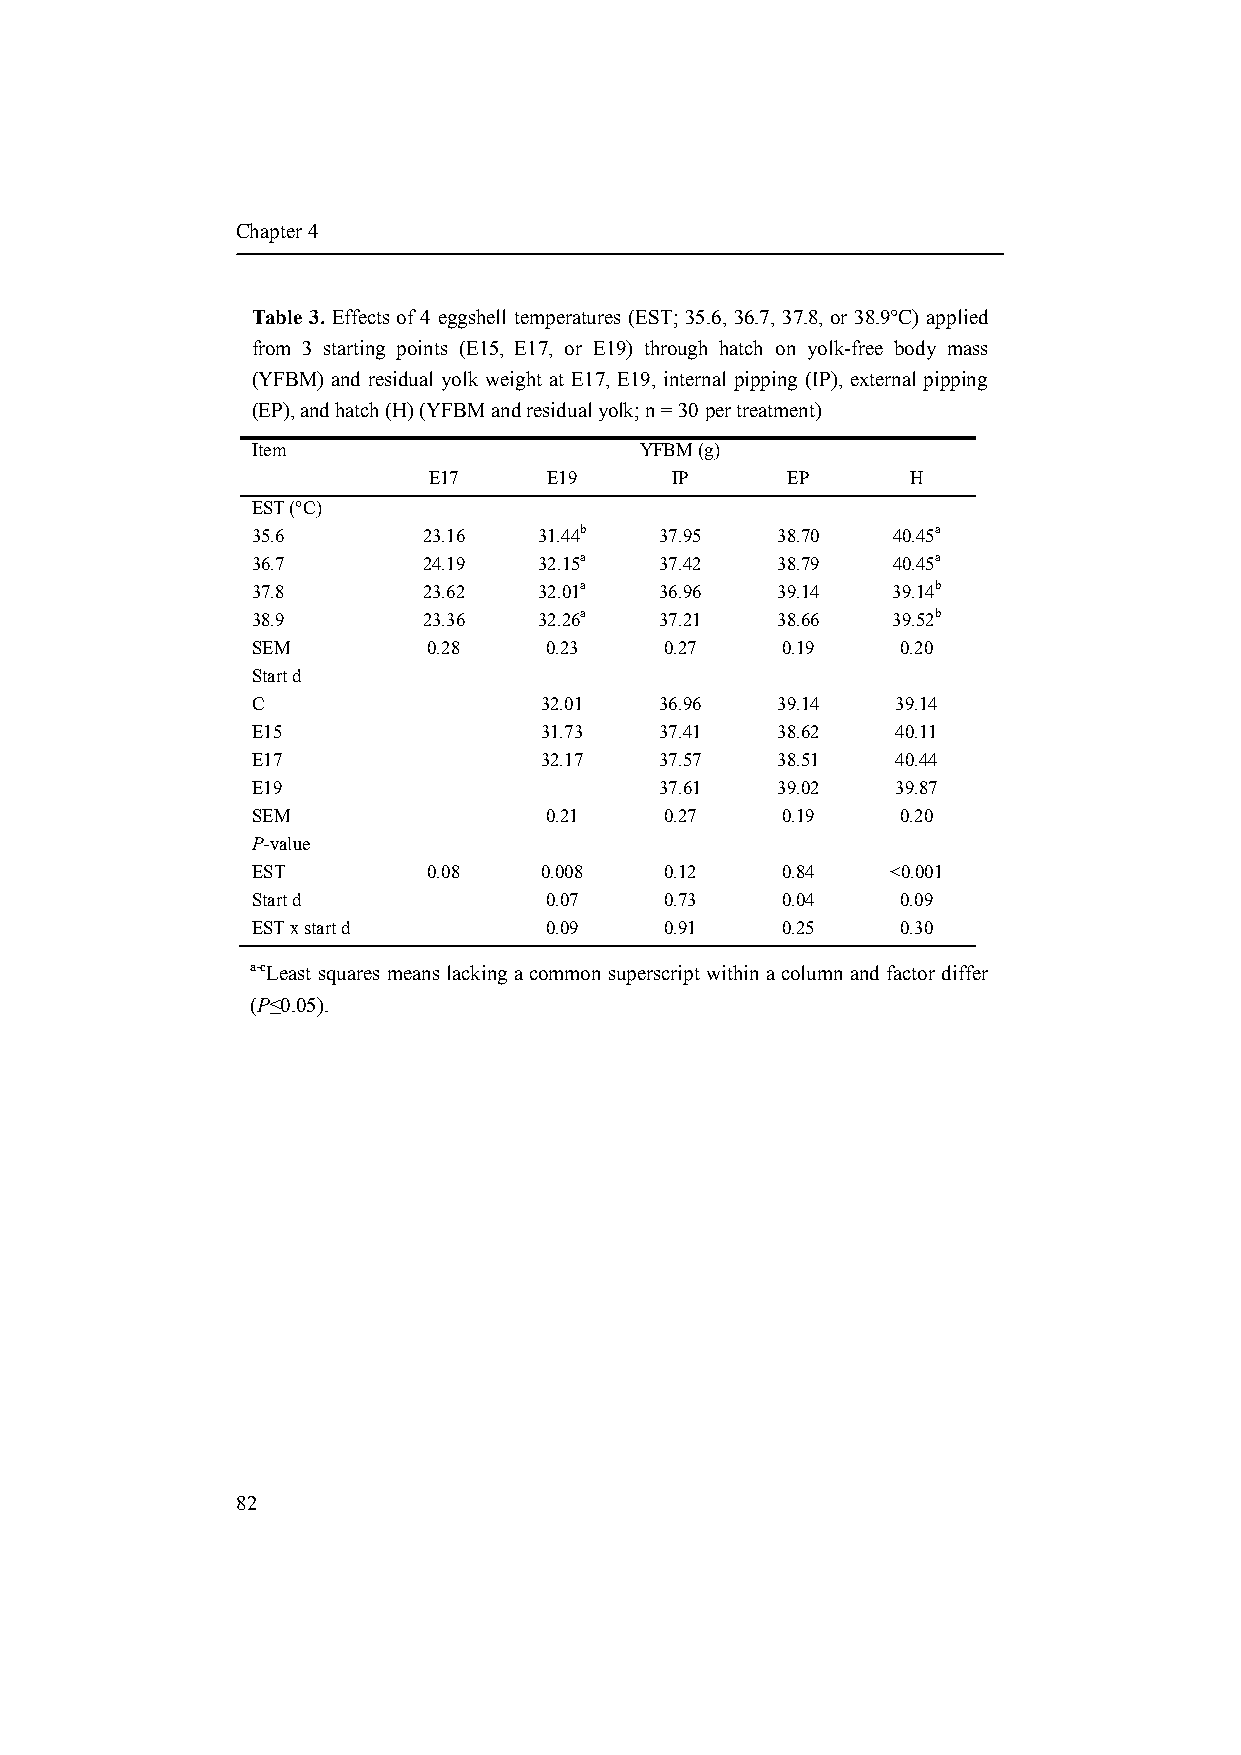
Chapter 4
 Table 3. Effects of 4 eggshell temperatures (EST; 35.6, 36.7, 37.8, or 38.9°C) applied
 from 3 starting points (E15, E17, or E19) through hatch on yolk-free body mass
 (YFBM) and residual yolk weight at E17, E19, internal pipping (IP), external pipping
 (EP), and hatch (H) (YFBM and residual yolk; n = 30 per treatment)
 Item                     YFBM (g)
 E17     E19     IP      EP      H
 EST (°C)
 35.6       23.16   31.44b  37.95  38.70   40.45a
 36.7       24.19   32.15a  37.42  38.79   40.45a
 37.8       23.62   32.01a  36.96  39.14   39.14b
 38.9       23.36   32.26a  37.21  38.66   39.52b
 SEM        0.28    0.23    0.27    0.19    0.20
 Start d
 C                  32.01   36.96  39.14   39.14
 E15                31.73   37.41  38.62   40.11
 E17                32.17   37.57  38.51   40.44
 E19                        37.61  39.02   39.87
 SEM                0.21    0.27    0.19    0.20
 P-value
 EST        0.08    0.008   0.12    0.84   <0.001
 Start d            0.07    0.73    0.04    0.09
 EST x start d      0.09    0.91    0.25    0.30
 a-cLeast squares means lacking a common superscript within a column and factor differ
 (P≤0.05).
 82